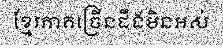
ខ្មែរភាគច្រើនដឹងមិនអស់